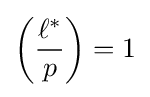
\left({\frac {\ell ^{*}}{p}}\right)=1